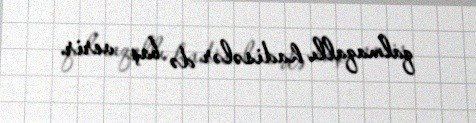
qalmaqallı hadisələr də baş verir.